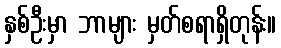
နှစ်ဦးမှာ ဘာများ မှတ်စရာရှိတုန်း။